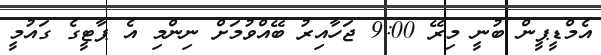
އެމްޑީޕީން ބުނީ މިރޭ 9:00 ޖަހާއިރު ބޭއްވުމަށް ނިންމި އެ ޕާޓީގެ ގައުމީ